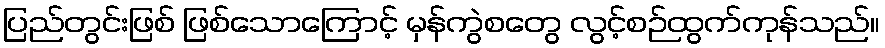
ပြည်တွင်းဖြစ် ဖြစ်သောကြောင့် မှန်ကွဲစတွေ လွင့်စဉ်ထွက်ကုန်သည်။